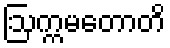
ဩက္ကမတောတိ